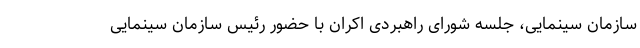
سازمان سینمایی، جلسه شورای راهبردی اکران با حضور رئیس سازمان سینمایی